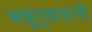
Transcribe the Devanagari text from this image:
अब्रूनुकसानी